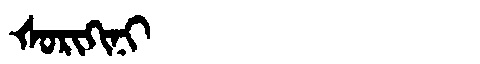
Manchu: ᡧᠣᡵᡳᡴᡳᠨᡳ
Romanization: ŠORIKINI